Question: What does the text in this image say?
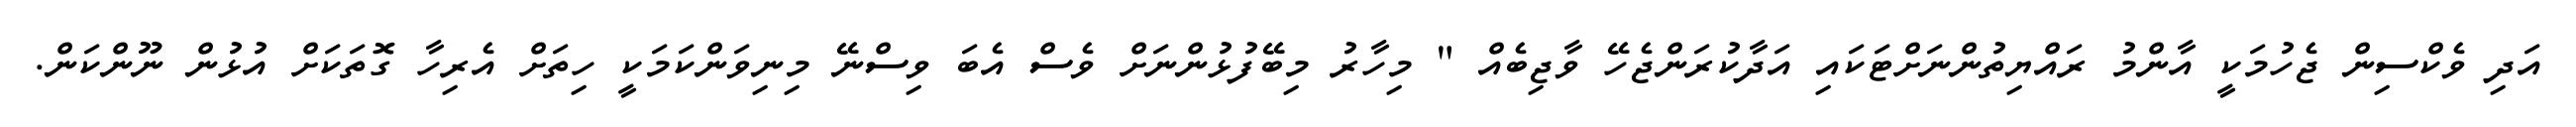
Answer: އަދި ވެކްސިން ޖެހުމަކީ އާންމު ރައްޔިތުންނަށްޓަކައި އަދާކުރަންޖެހޭ ވާޖިބެއް " މިހާރު މިބޭފުޅުންނަށް ވެސް އެބަ ވިސްނޭ މިނިވަންކަމަކީ ހިތަށް އެރިހާ ގޮތަކަށް އުޅުން ނޫންކަން.